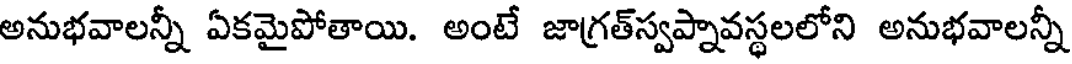
అనుభవాలన్నీ ఏకమైపోతాయి. అంటే జాగ్రత్స్వప్నావస్థలలోని అనుభవాలన్నీ